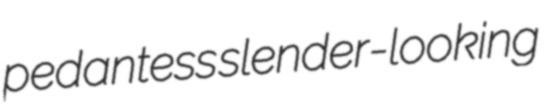
pedantess slender-looking